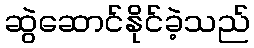
ဆွဲဆောင်နိုင်ခဲ့သည်